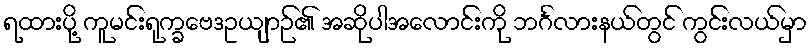
ရထားပို့ ကူမင်းရုက္ခဗေဒဥယျာဉ်၏ အဆိုပါအလောင်းကို ဘင်္ဂလားနယ်တွင် ကွင်းလယ်မှာ